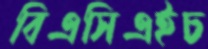
বিএসিএইচ